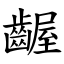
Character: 齷